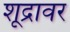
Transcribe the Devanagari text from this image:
शूद्रावर